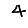
Digit: 4